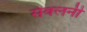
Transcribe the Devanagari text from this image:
संवलनी